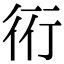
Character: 𧗡